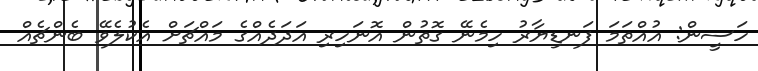
ހަސީން: އުއްތަމަ ފަނޑިޔާރު ހިމެނޭ ގޮތުން އޮނަހިރި އަދަދެއްގެ މައްޗަށް އެކުލެވޭ ބެންޗެއް